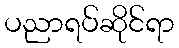
ပညာရပ်ဆိုင်ရာ